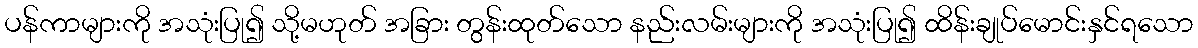
ပန်ကာများကို အသုံးပြု၍ သို့မဟုတ် အခြား တွန်းထုတ်သော နည်းလမ်းများကို အသုံးပြု၍ ထိန်းချုပ်မောင်းနှင်ရသော